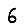
Digit: 6